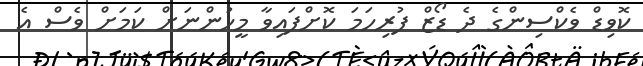
ކޮވިޑް ވެކްސިންގެ ދެ ޑޯޒް ފުރިހަމަ ކޮށްފައިވާ މީހުންނަށް ކަމަށް ވެސް އެ